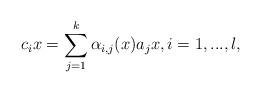
LaTeX: \begin{align*}c_ix = \sum_{j=1}^k \alpha_{i,j}(x) a_j x, i= 1,...,l,\end{align*}